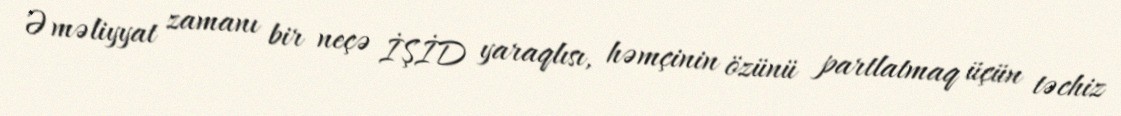
Əməliyyat zamanı bir neçə İŞİD yaraqlısı, həmçinin özünü partlatmaq üçün təchiz